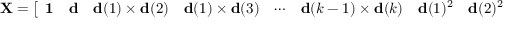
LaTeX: \mathbf { X } = { \left[ \begin{array} { l l l l l l l l l l } { \mathbf { 1 } } & { \mathbf { d } } & { \mathbf { d } ( 1 ) \times \mathbf { d } ( 2 ) } & { \mathbf { d } ( 1 ) \times \mathbf { d } ( 3 ) } & { \cdots } & { \mathbf { d } ( k - 1 ) \times \mathbf { d } ( k ) } & { \mathbf { d } ( 1 ) ^ { 2 } } & { \mathbf { d } ( 2 ) ^ { 2 } } & { \cdots } & { \mathbf { d } ( k ) ^ { 2 } } \end{array} \right] } ,